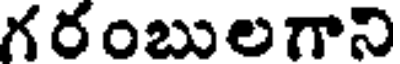
గరంబులగాని